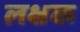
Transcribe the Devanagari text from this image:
लक्षक